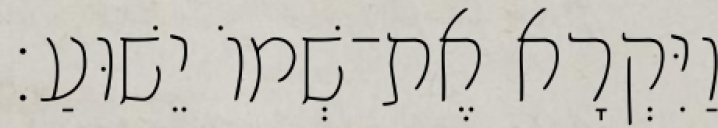
וַיִּקְרָא אֶת־שְׁמוֹ יֵשׁוּעַ׃